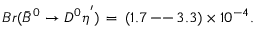
B r ( \bar { B } ^ { 0 } \rightarrow D ^ { 0 } \eta ^ { ' } ) \, = \, ( 1 . 7 \, \mathrm { - - } \, 3 . 3 ) \times 1 0 ^ { - 4 } .